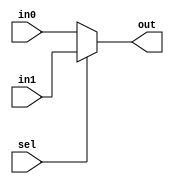
module  mux3(
in0,
in1, 
sel,
out      
);
input wire [2:0] in0;
input wire [2:0] in1;
input wire sel;

output wire [2:0] out;

assign out = (sel) ? in1 : in0;
endmodule